Distribution and causation of leprosy in British India
Year: 1875
Disease focus: Leprosy
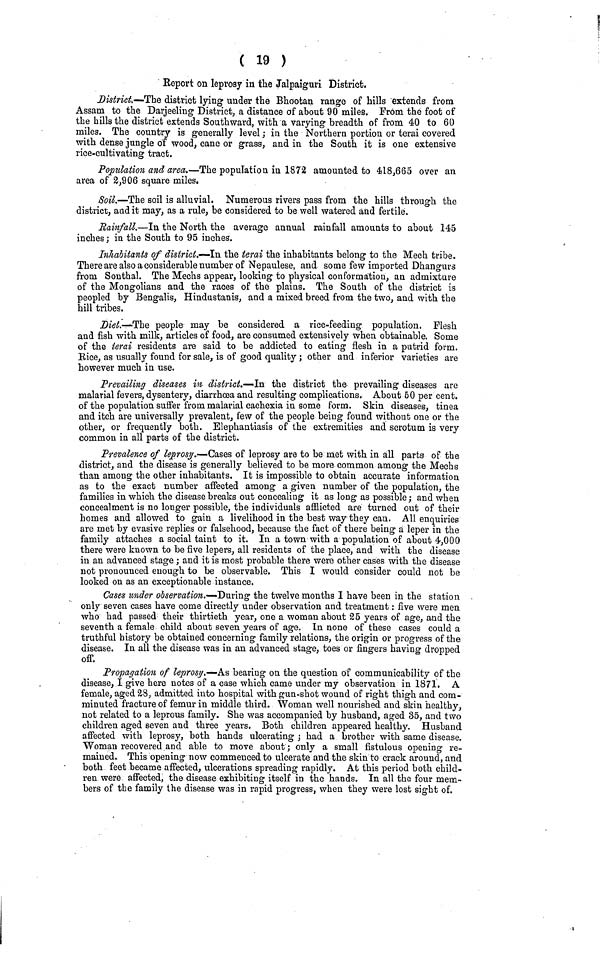
( 19 )
Report on leprosy in the Jalpaiguri District.
District.—The district lying under the Bhootan range of hills extends from
Assam to the Darjeeling District, a distance of about 90 miles. From the foot of
the hills the district extends Southward, with a varying breadth of from 40 to 60
miles. The country is generally level ; in the Northern portion or terai covered
with dense jungle of wood, cane or grass, and in the South it is one extensive
rice-cultivating tract.
Population and area.—The population iu 1872 amounted to 418,665 over an
area of 2,906 square miles.
Soil.—The soil is alluvial. Numerous rivers pass from the hills through the
district, and it may, as a rule, be considered to be well watered and fertile.
Rainfall.—In the North the average annual rainfall amounts to about 145
inches ; in the South to 95 inches.
Inhabitants of district.—In the terai the inhabitants belong to the Mech tribe.
There are also a considerable number of Nepaulese, and some few imported Dhangurs
from Sonthal. The Mechs appear, looking to physical conformation, an admixture
of the Mongolians and the races of the plains. The South of the district is
peopled by Bengalis, Hindustanis, and a mixed breed from the two, and with the
hill tribes.
Diet.—The people may be considered a rice-feeding population. Flesh
and fish with milk, articles of food, are consumed extensively when obtainable. Some
of the terai residents are said to be addicted to eating flesh in a putrid form.
Bice, as usually found for sale, is of good quality ; other and inferior varieties are
however much in use.
Prevailing diseases in district.—In the district the prevailing diseases are
malarial fevers, dysentery, diarrhœa and resulting complications. About 50 per cent.
of the population suffer from malarial caehexia in some form. Skin diseases, tinea
and itch are universally prevalent, few of the people being found without one or the
other, or frequently both. Elephantiasis of the extremities and scrotum is very
common in all parts of the district.
Prevalence of leprosy.—Cases of leprosy are to be met with in all parts of the
district, and the disease is generally believed to be more common among the Mechs
than among the other inhabitants. It is impossible to obtain accurate information
as to the exact number affected among a given number of the population, the
families in which the disease breaks out concealing it as long as possible; and when
concealment is no longer possible, the individuals afflicted are turned out of their
homes and allowed to gain a livelihood in the best way they can. All enquiries
are met by evasive replies or falsehood, because the fact of there being a leper in the
family attaches a social taint to it. In a town with a population of about 4,000
there were known to be five lepers, all residents of the place, and with the disease
iu an advanced stage ; and it is most probable there were other cases with the disease
not pronounced enough to be observable. This I would consider could not be
looked on as an exceptionable instance.
Cases under observation.—During the twelve months I have been in the station
only seven cases have come directly under observation and treatment : five were men
who had passed their thirtieth year, one a woman about 25 years of age, and the
seventh a female child about seven years of age. In none of these cases could a
truthful history be obtained concerning family relations, the origin or progress of the
disease. In all the disease was in an advanced stage, toes or fingers having dropped
off.
Propagation of leprosy.—As bearing on the question of communicability of the
disease, I give here notes of a case which came under my observation in 1871. A
female, aged 28, admitted into hospital with gun-shot wound of right thigh and com-
minuted fracture of femur in middle third. Woman well nourished and skin healthy,
not related to a leprous family. She was accompanied by husband, aged 35, and two
children aged seven and three years. Both children appeared healthy. Husband
affected with leprosy, both hands ulcerating ; had a brother with same disease.
Woman recovered and able to move about ; only a small fistulous opening re-
mained. This opening now commenced to ulcerate and the skin to crack around, and
both feet became affected, ulcérations spreading rapidly. At this period both child-
ren were affected, the disease exhibiting itself in the hands. In all the four mem-
bers of the family the disease was in rapid progress, when they were lost sight of.